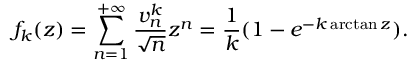
f _ { k } ( z ) = \sum _ { n = 1 } ^ { + \infty } \frac { v _ { n } ^ { k } } { \sqrt { n } } z ^ { n } = \frac { 1 } { k } ( 1 - e ^ { - k \arctan z } ) .